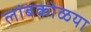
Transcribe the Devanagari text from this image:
लांबकोळया